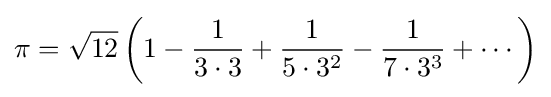
\pi ={\sqrt {12}}\left(1-{\frac {1}{3\cdot 3}}+{\frac {1}{5\cdot 3^{2}}}-{\frac {1}{7\cdot 3^{3}}}+\cdots \right)